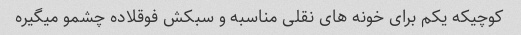
کوچیکه یکم برای خونه های نقلی مناسبه و سبکش فوقلاده چشمو میگیره